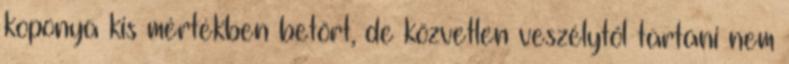
koponya kis mértékben betört, de közvetlen veszélytől tartani nem